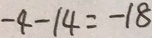
- 4 - 1 4 = - 1 8